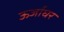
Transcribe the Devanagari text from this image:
ऊर्जाघर